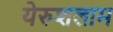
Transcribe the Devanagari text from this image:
येरुशलाम